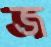
জ